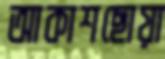
আকাশছোয়া